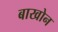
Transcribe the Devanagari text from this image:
बाखोन